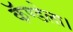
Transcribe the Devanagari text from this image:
कॅण्डेला।